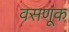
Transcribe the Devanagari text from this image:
वसणूक